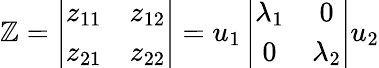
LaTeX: \mathbb{Z}=\left|\begin{array}{cc}{{z_{11}}}&{{z_{12}}}\\ {{z_{21}}}&{{z_{22}}}\end{array}\right|=u_{1}\left|\begin{array}{cc}{{\lambda_{1}}}&{{0}}\\ {{0}}&{{\lambda_{2}}}\end{array}\right|u_{2}